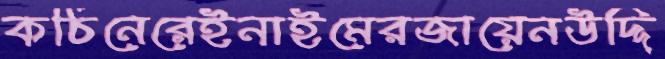
কঠিনেরেইনাইমেরজায়েনউদ্দি